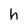
Character: h